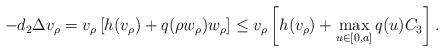
LaTeX: \begin{align*}-d_2\Delta v_\rho=v_\rho\left[h(v_\rho) +q(\rho w_\rho)w_\rho\right]\le v_\rho\left[h(v_\rho)+\max_{u\in[0,a]}q(u)C_3\right].\end{align*}